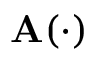
\mathbf { A } ( \cdot )